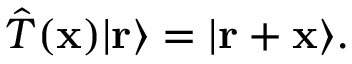
{ \hat { T } } ( \mathbf { x } ) | \mathbf { r } \rangle = | \mathbf { r } + \mathbf { x } \rangle .